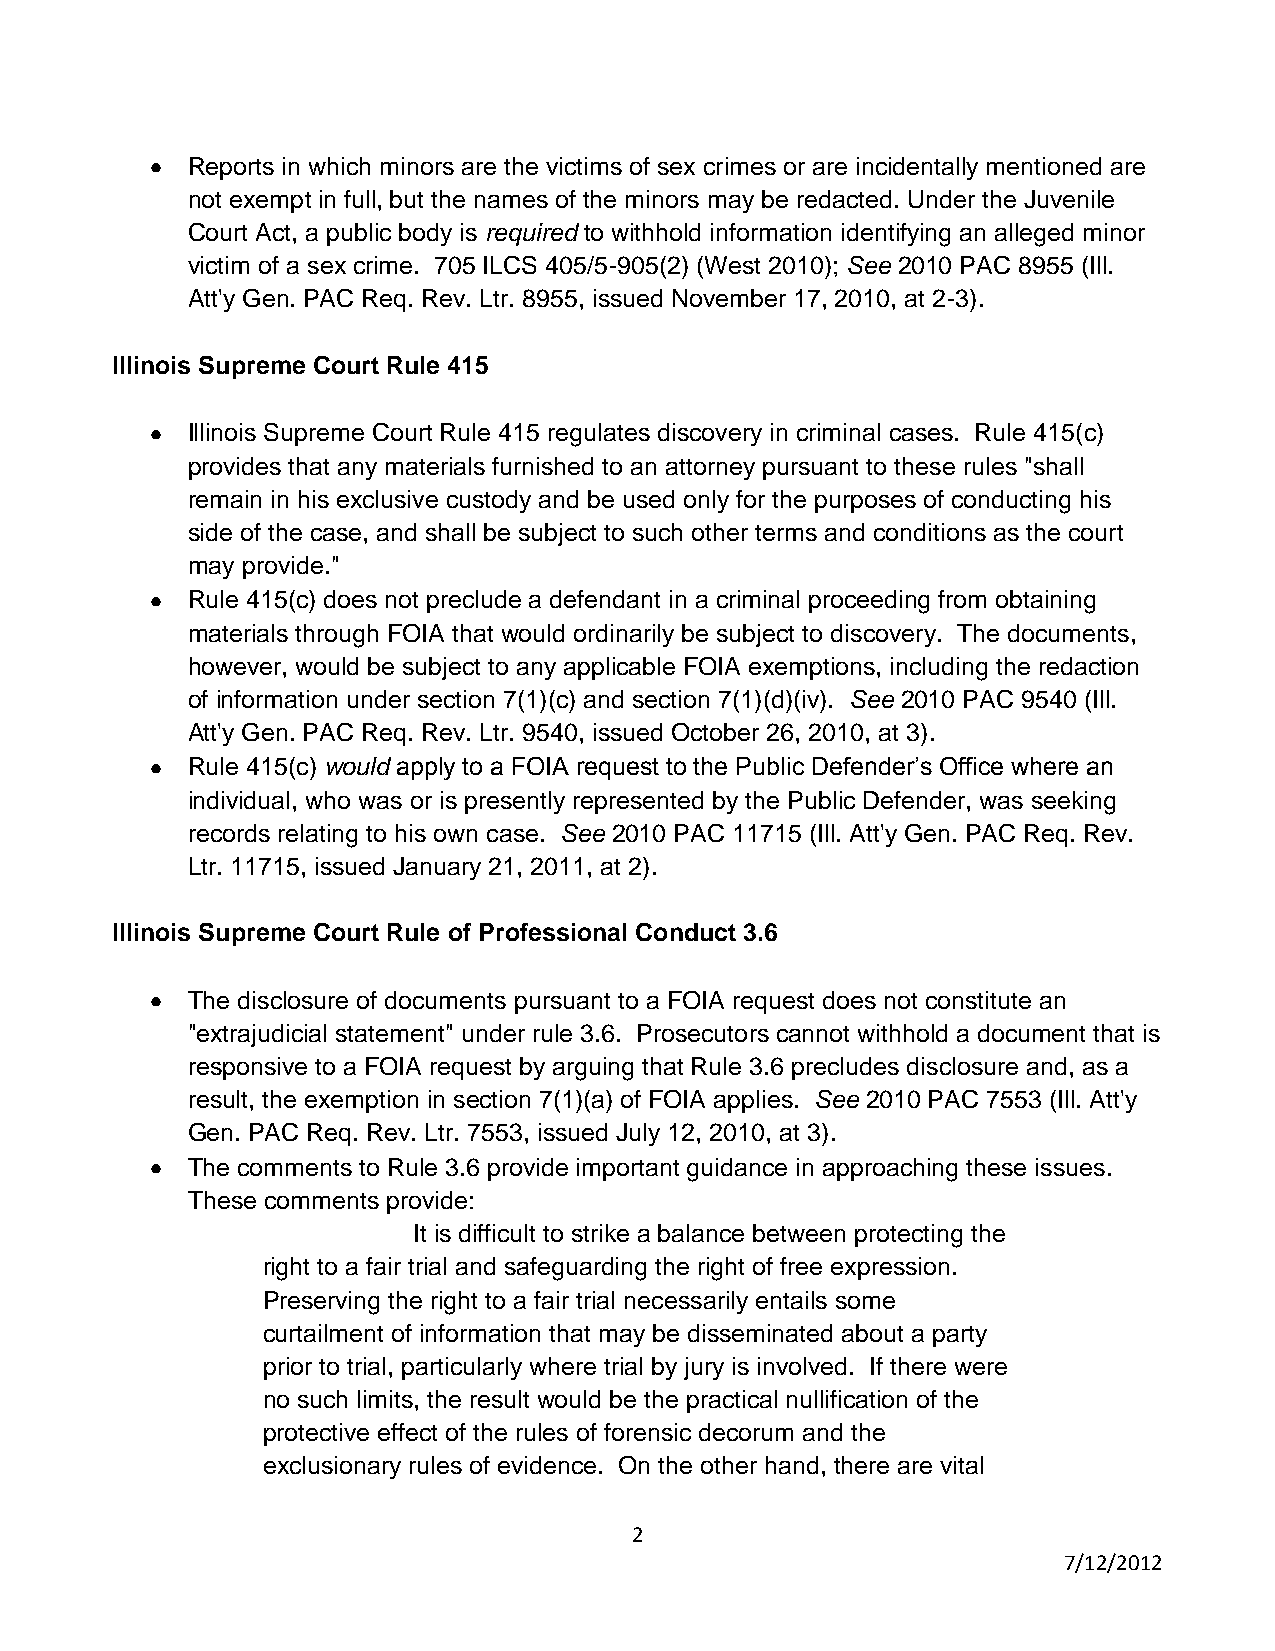
Reports in which minors are the victims of sex crimes or are incidentally mentioned are
 not exempt in full, but the names of the minors may be redacted. Under the Juvenile
 Court Act, a public body is required to withhold information identifying an alleged minor
 victim of a sex crime. 705 ILCS 405/5-905(2) (West 2010); See 2010 PAC 8955 (Ill.
 Att'y Gen. PAC Req. Rev. Ltr. 8955, issued November 17, 2010, at 2-3).
 Illinois Supreme Court Rule 415
 Illinois Supreme Court Rule 415 regulates discovery in criminal cases. Rule 415(c)
 provides that any materials furnished to an attorney pursuant to these rules "shall
 remain in his exclusive custody and be used only for the purposes of conducting his
 side of the case, and shall be subject to such other terms and conditions as the court
 may provide."
 Rule 415(c) does not preclude a defendant in a criminal proceeding from obtaining
 materials through FOIA that would ordinarily be subject to discovery. The documents,
 however, would be subject to any applicable FOIA exemptions, including the redaction
 of information under section 7(1)(c) and section 7(1)(d)(iv). See 2010 PAC 9540 (Ill.
 Att'y Gen. PAC Req. Rev. Ltr. 9540, issued October 26, 2010, at 3).
 Rule 415(c) would apply to a FOIA request to the Public Defender’s Office where an
 individual, who was or is presently represented by the Public Defender, was seeking
 records relating to his own case. See 2010 PAC 11715 (Ill. Att'y Gen. PAC Req. Rev.
 Ltr. 11715, issued January 21, 2011, at 2).
 Illinois Supreme Court Rule of Professional Conduct 3.6
 The disclosure of documents pursuant to a FOIA request does not constitute an
 "extrajudicial statement" under rule 3.6. Prosecutors cannot withhold a document that is
 responsive to a FOIA request by arguing that Rule 3.6 precludes disclosure and, as a
 result, the exemption in section 7(1)(a) of FOIA applies. See 2010 PAC 7553 (Ill. Att'y
 Gen. PAC Req. Rev. Ltr. 7553, issued July 12, 2010, at 3).
 The comments to Rule 3.6 provide important guidance in approaching these issues.
 These comments provide:
 It is difficult to strike a balance between protecting the
 right to a fair trial and safeguarding the right of free expression.
 Preserving the right to a fair trial necessarily entails some
 curtailment of information that may be disseminated about a party
 prior to trial, particularly where trial by jury is involved. If there were
 no such limits, the result would be the practical nullification of the
 protective effect of the rules of forensic decorum and the
 exclusionary rules of evidence. On the other hand, there are vital
 2
 7/12/2012